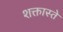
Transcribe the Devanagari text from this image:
शक्तास्ते